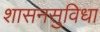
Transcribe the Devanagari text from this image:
शासनसुविधा